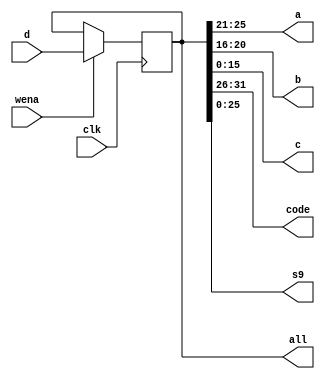
module clk_ir(input [31:0]d,input clk,input wena,output [4:0]a,output[4:0]b,output[15:0] c ,output [5:0]code,output [25:0]s9,output [31:0]all);


reg [31:0]temps;
always @(posedge clk)
begin 
if(wena)
temps=d;
end

initial
temps=32'b0;

assign a[4:0]=temps[25:21];
assign b[4:0]=temps[20:16];
assign c[15:0]=temps[15:0];
assign code[5:0]=temps[31:26];
assign s9[25:0]=temps[25:0];
assign all=temps;
endmodule